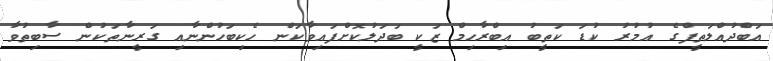
އަބްދުއްލަތީފްގެ އުމުރު ކުޑަ ކަތީބު އިބްރާހިމް ޒަކީ ބަދަލުކޮށްފައިވާކަން ހެކިބަހުންނާއި ގަރީނާތަކުން ސާބިތުވާ